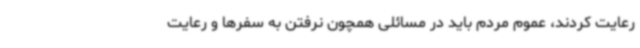
رعایت کردند، عموم مردم باید در مسائلی همچون نرفتن به سفرها و رعایت